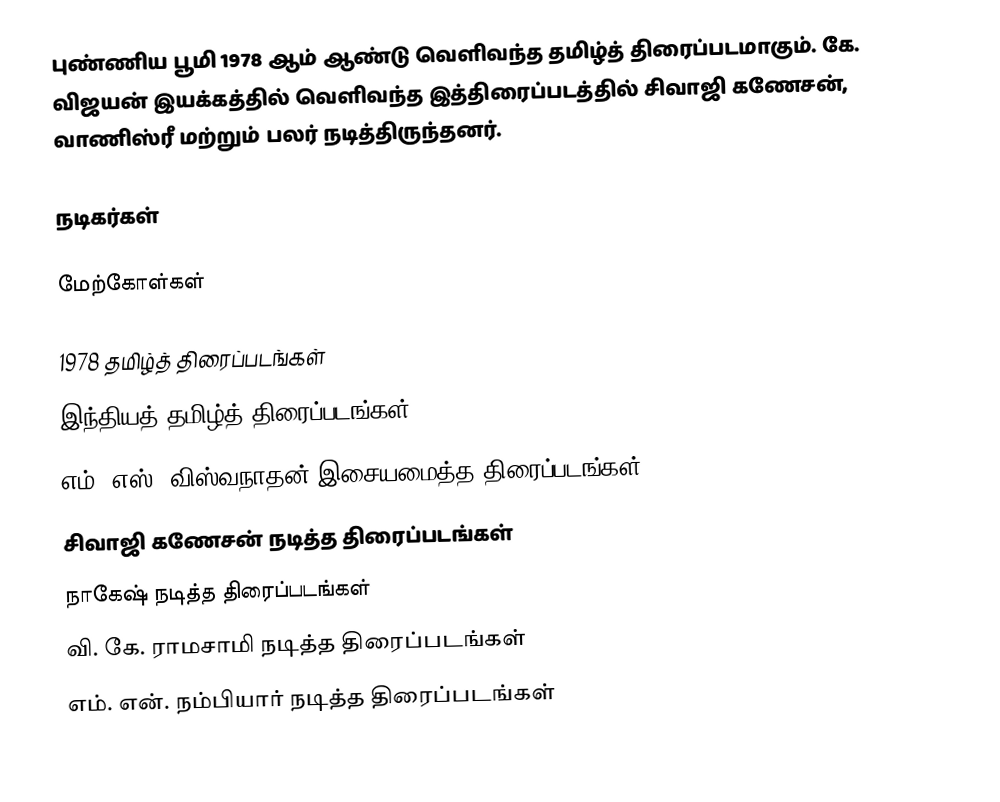
புண்ணிய பூமி 1978 ஆம் ஆண்டு வெளிவந்த தமிழ்த் திரைப்படமாகும். கே. விஜயன் இயக்கத்தில் வெளிவந்த இத்திரைப்படத்தில் சிவாஜி கணேசன், வாணிஸ்ரீ மற்றும் பலர் நடித்திருந்தனர்.

நடிகர்கள்

மேற்கோள்கள்

1978 தமிழ்த் திரைப்படங்கள்
இந்தியத் தமிழ்த் திரைப்படங்கள்
எம். எஸ். விஸ்வநாதன் இசையமைத்த திரைப்படங்கள்
சிவாஜி கணேசன் நடித்த திரைப்படங்கள்
நாகேஷ் நடித்த திரைப்படங்கள்
வி. கே. ராமசாமி நடித்த திரைப்படங்கள்
எம். என். நம்பியார் நடித்த திரைப்படங்கள்